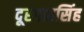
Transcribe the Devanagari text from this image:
दूरगाहसिंह